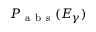
P _ { \mathrm { ~ a ~ b ~ s ~ } } ( E _ { \gamma } )